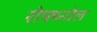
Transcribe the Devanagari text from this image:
रोफ्य्नोल